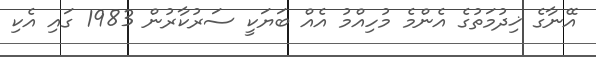
އޭނާގެ ޚިދުމަތުގެ އެންމެ މުހިއްމު އެއް ބަޔަކީ ސަރުކާރުން 1983 ގައި އެކި